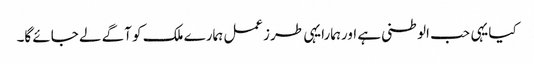
کیایہی حب الوطنی ہے اورہمارایہی طرزعمل ہمارے ملک کو آگے لے جائے گا۔